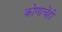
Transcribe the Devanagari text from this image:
कोणाचेंही